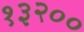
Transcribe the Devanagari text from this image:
१३२००